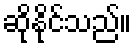
ဆိုနိုင်သည်။